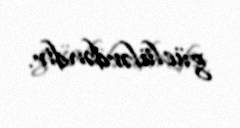
güclülərdəndir.